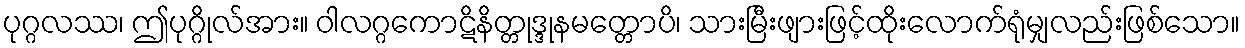
ပုဂ္ဂလဿ၊ ဤပုဂ္ဂိုလ်အား။ ဝါလဂ္ဂကောဋိနိတ္တုဒ္ဒုနမတ္တောပိ၊ သားမြီးဖျားဖြင့်ထိုးလောက်ရုံမျှလည်းဖြစ်သော။